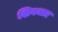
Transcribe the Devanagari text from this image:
शिवभार